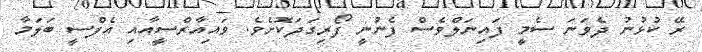
ރޭ ކުޅުނު ދެވަނަ ސެމީ ފައިނަލްވެސް ފެނުނީ ފޯރިގަދަކޮށެވެ. ވައިއާރްސީއާއި އެފްސީ ބަލަމާ